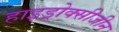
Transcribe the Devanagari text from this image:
हाइड्रोक्सीजीन